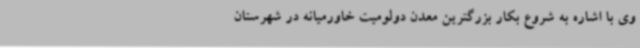
وی با اشاره به شروع بکار بزرگترین معدن دولومیت خاورمیانه در شهرستان